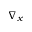
\nabla _ { x }